65_HS1-834228961_62-HQ-83894_Section_9
Agency: FBI
Page 263
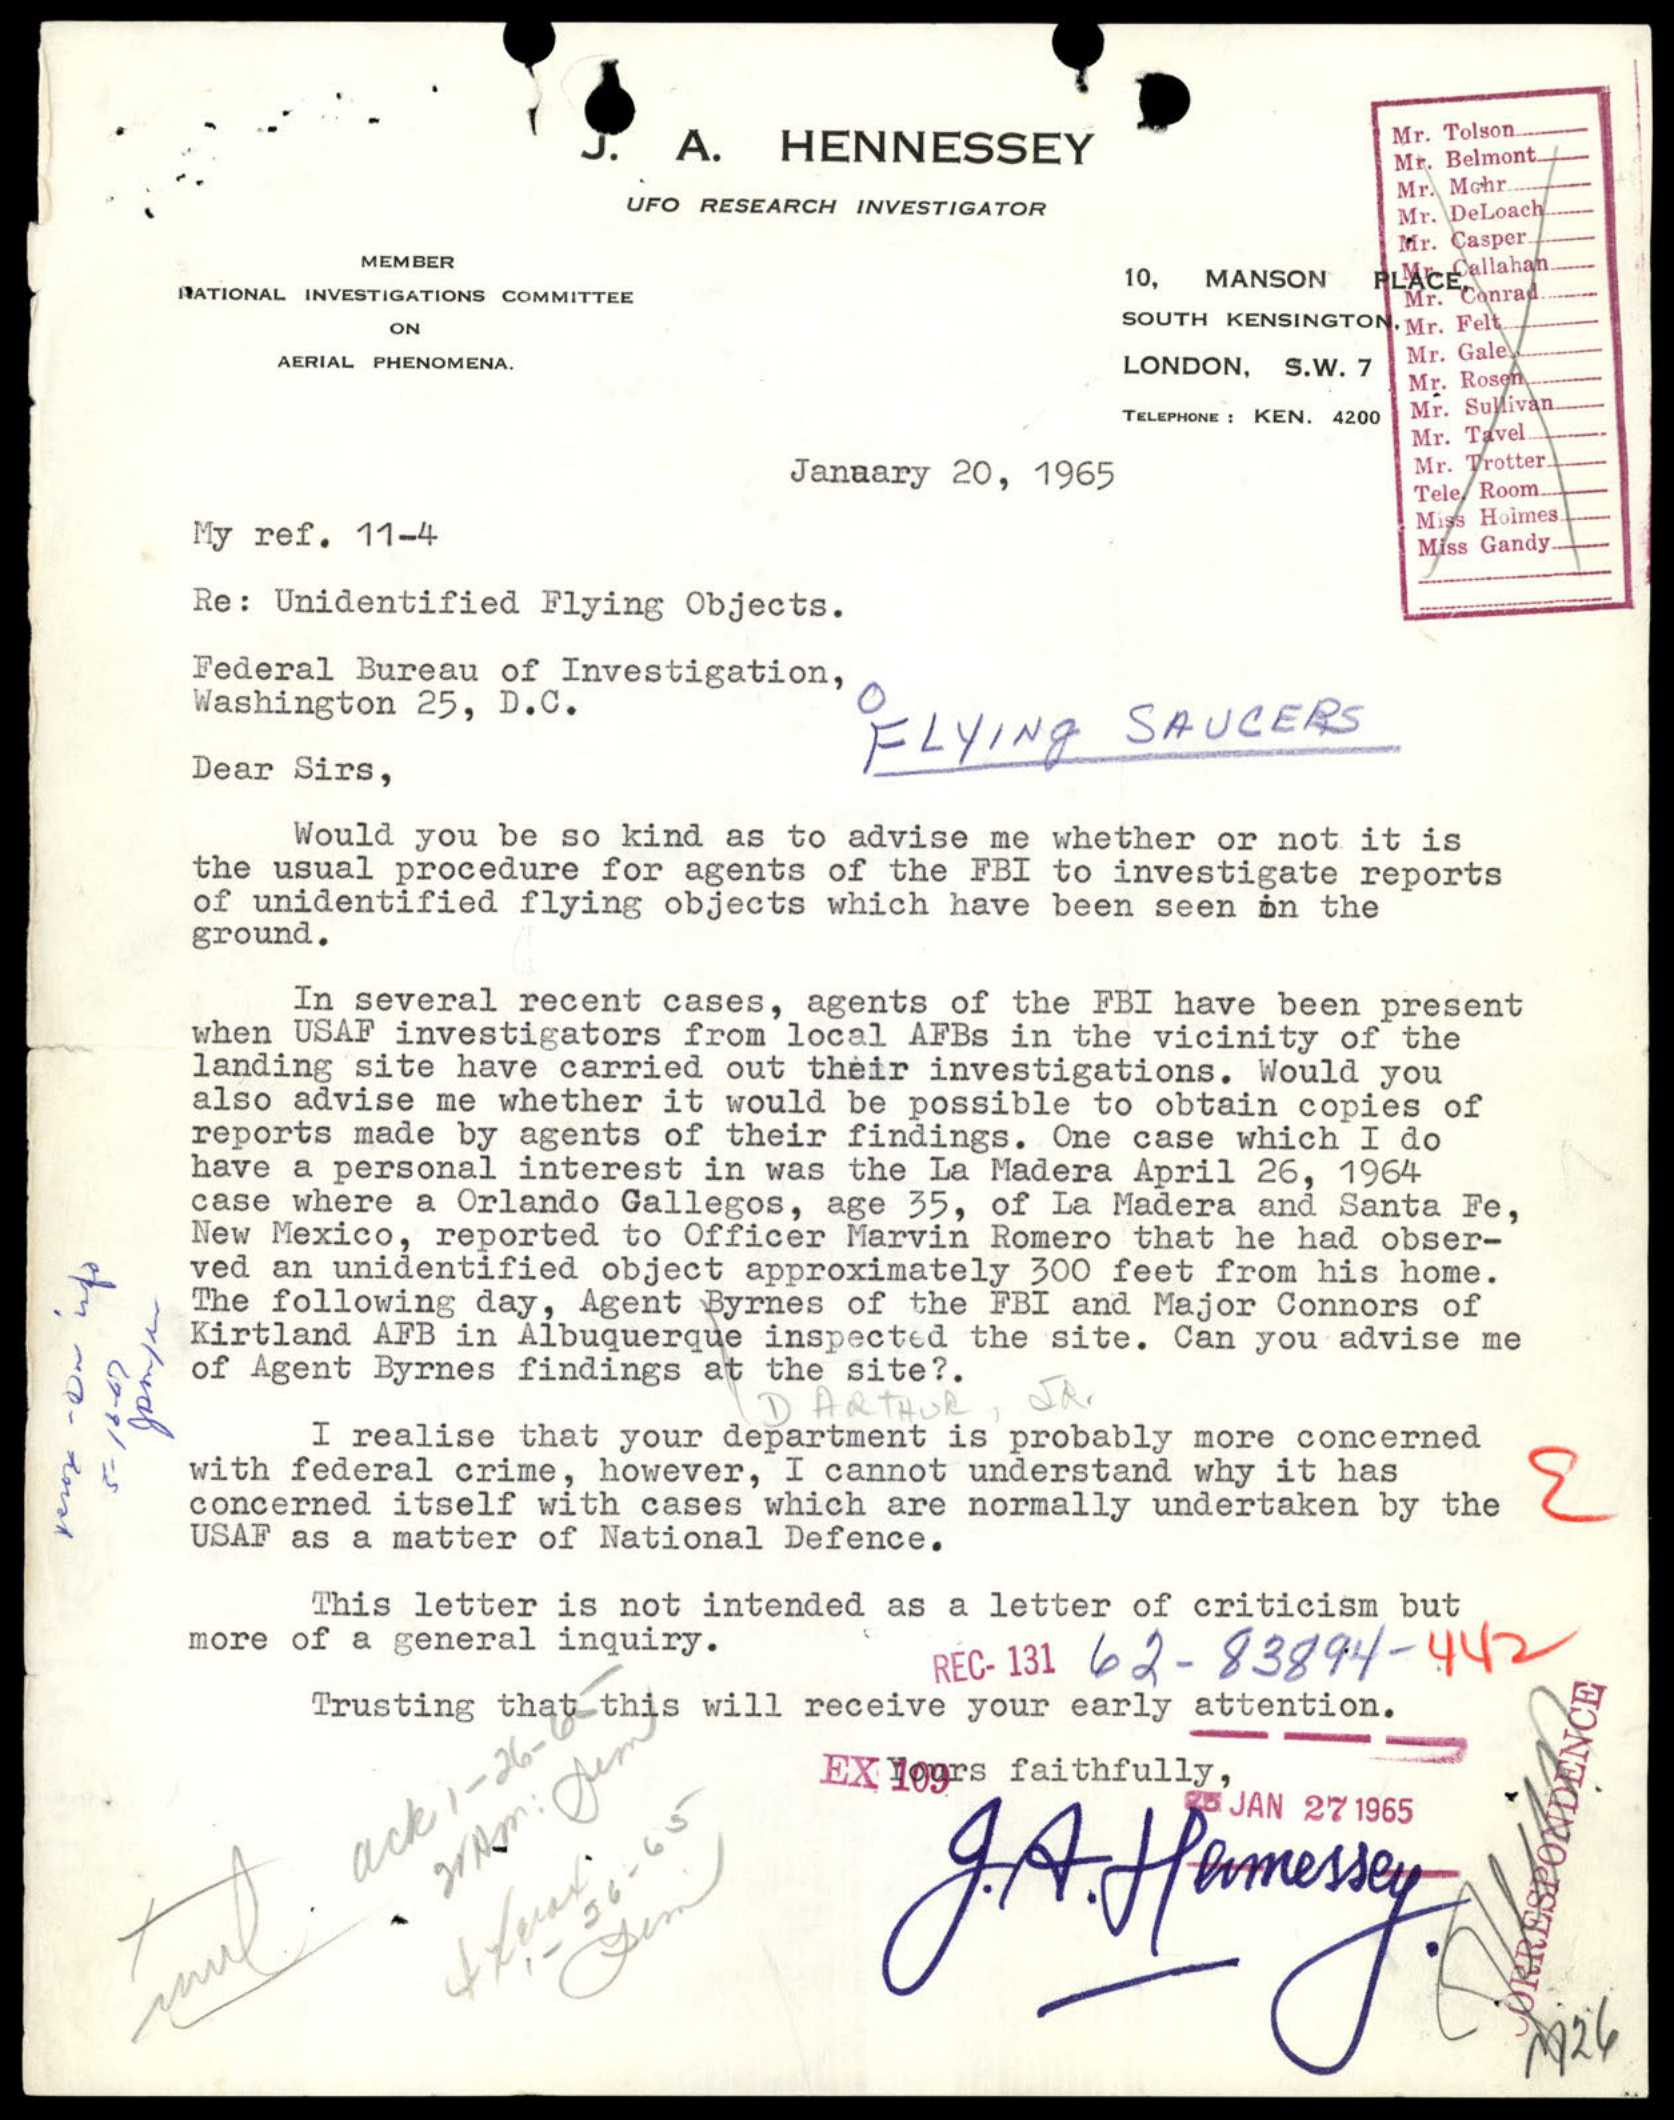